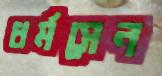
ধর্মসেন